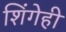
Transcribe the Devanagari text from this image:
शिंगेही